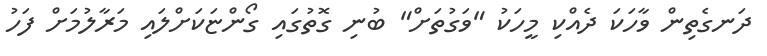
ދަނގެތިން ވާހަކަ ދެއްކި މީހަކު "ވަގުތަށް" ބުނި ގޮތުގައި ގޯންޏަކަށްލައި މަރާލުމަށް ފަހު